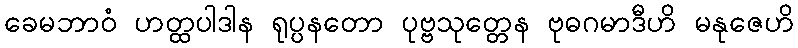
ခေမဘာဝံ ဟတ္ထပါဒါန ရုပ္ပနတော ပုဗ္ဗသုတ္တေန ဗုဓဂမာဒီဟိ မနုဇေဟိ